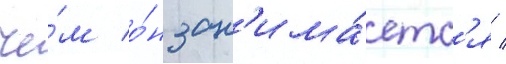
че́м о́н зан'има́етс'я /